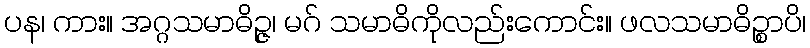
ပန၊ ကား။ အဂ္ဂသမာဓိဉ္ဇ၊ မဂ် သမာဓိကိုလည်းကောင်း။ ဖလသမာဓိဉ္စာပိ၊